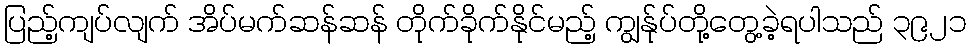
ပြည့်ကျပ်လျက် အိပ်မက်ဆန်ဆန် တိုက်ခိုက်နိုင်မည့် ကျွန်ုပ်တို့တွေ့ခဲ့ရပါသည် ၃၉၂၁